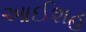
આઈશહ